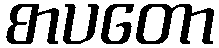
စာပတော